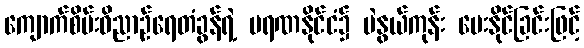
ကျောက်စိမ်းဝိညာဉ်ရေတံခွန်ရဲ့ မရဏနိုင်ငံ၌ ပဲနွယ်ကုန်း ပေးနိုင်ခြင်းဖြင့်